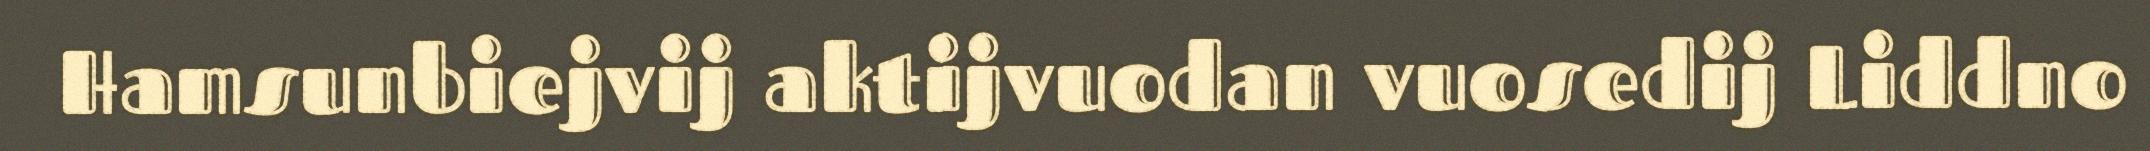
Hamsunbiejvij aktijvuodan vuosedij Liddno